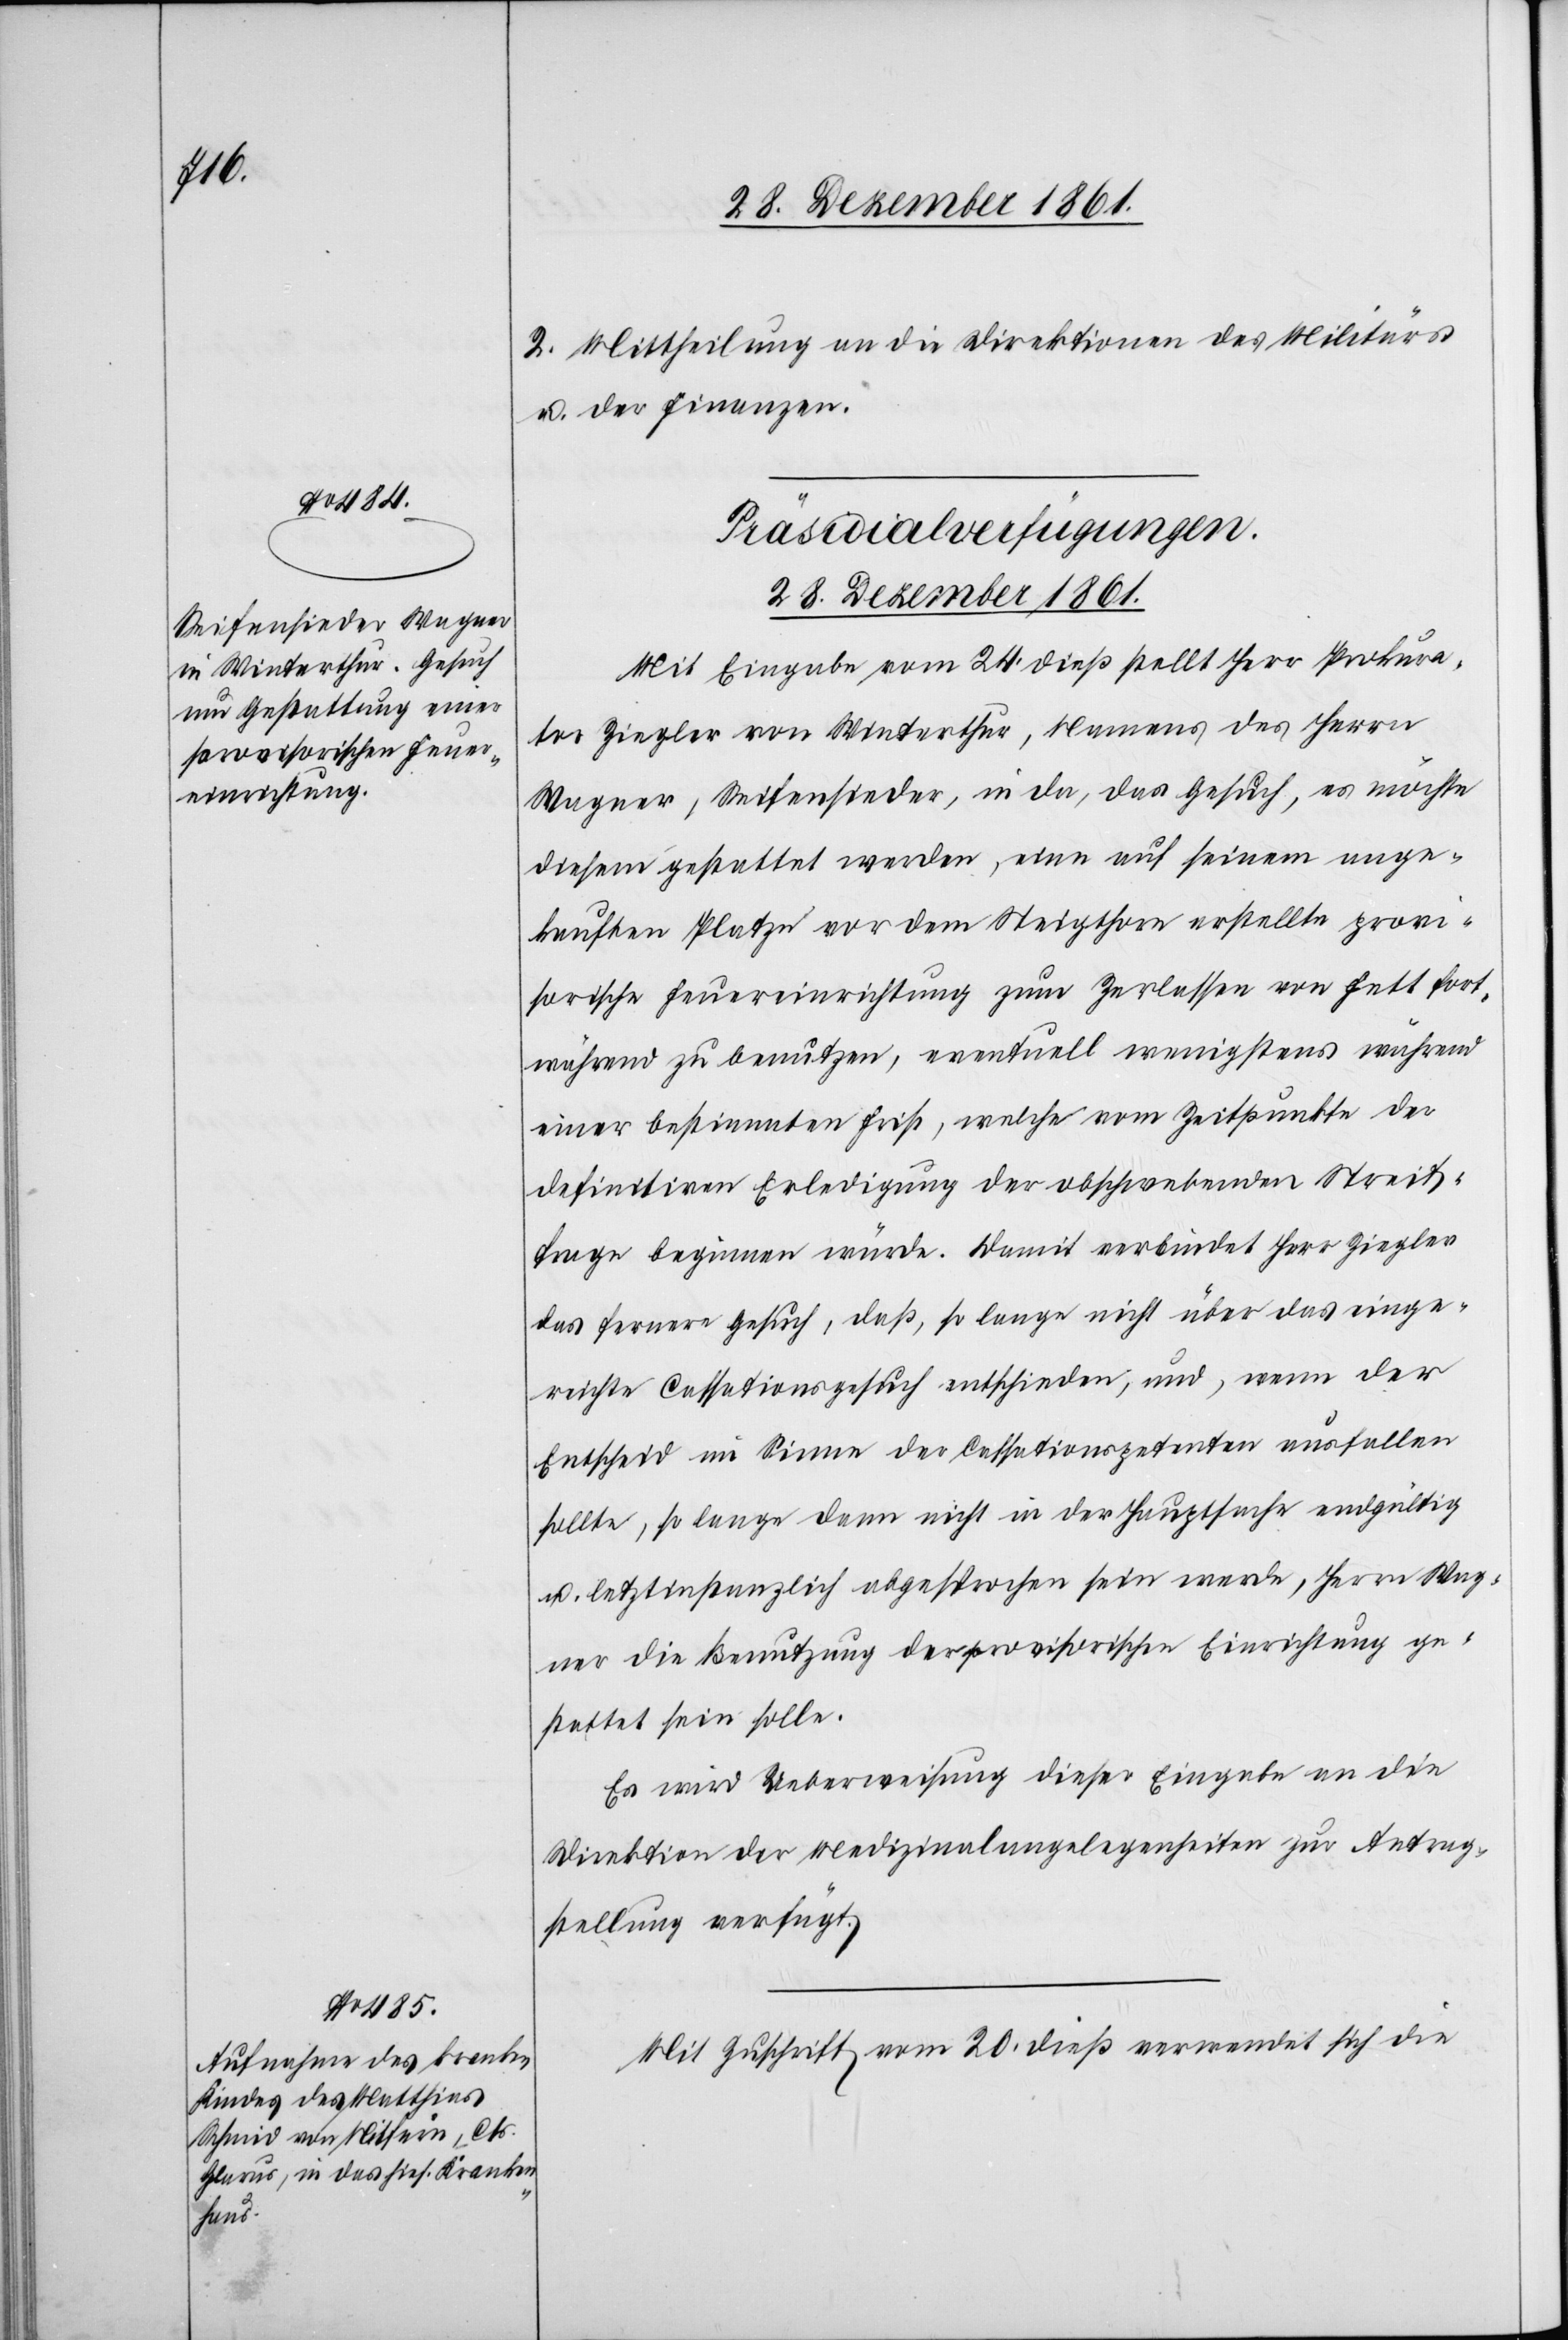
2. Mittheilung an die Direktion des Militärs
u. der Finanzen.
[Präsidialverfügungen.
28 Dezember 1861.]
Mit Eingabe vom 24 dieß stellt Herr Prokura¬
tor Ziegler von Winterthur, Namens des Herrn
Wagner, Seifensieder, in da, das Gesuch, es möchte
diesem gestattet werden, eine auf seinem ange¬
kauften Platze vor dem Steigthor erstellte provi¬
sorische Feuereinrichtung zum Zerlassen von Fett fort¬
während zu benutzen, eventuell wenigstens während
einer bestimmten Frist, welche vom Zeitpunkte der
definitiven Erledigung der abgeschworenen Streit¬
frage beginnen würde. Damit verbindet Herr Ziegler
das fernere Gesuch, daß, so lange nicht über das einge¬
reichte Cassationsgesuch entschieden, und, wenn der
Entscheid im Sinne der Cassationspetenten ausfallen
sollte, so lange dann nicht in der Hauptsache endgültig
u. letztinstanzlich abgesprochen sein werde, Herrn Wag¬
ner die Benutzung der provisorischen Einrichtung ge¬
stattet sein solle.
Es wird Ueberweisung dieser Eingabe an die
Direktion der Medizinalangelegenheiten zur Antrag¬
stellung verfügt.
Mit Zuschrift vom 20 dieß verwendet sich die